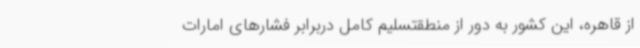
از قاهره، این کشور به دور از منطقتسلیم کامل دربرابر فشارهای امارات